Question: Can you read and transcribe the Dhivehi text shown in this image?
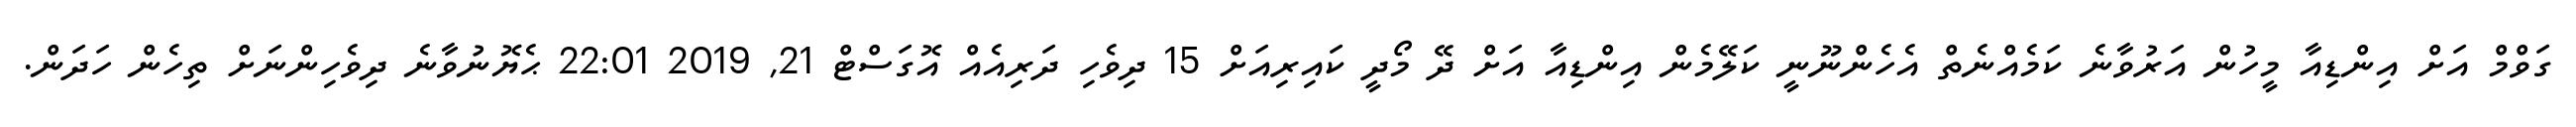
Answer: ގަވްމް އަށް އިންޑިއާ މީހުން އަރުވާނެ ކަމެއްނެތް އެހެންނޫނީ ކަލޭމެން އިންޑިއާ އަށް ދޭ މޯދީ ކައިރިއަށް 15 ދިވެހި ދަރިއެއް އޮގަސްޓް 21, 2019 22:01 ޙެޔޮނުވާނެ ދިވެހިންނަށް ތިހެން ހަދަން.